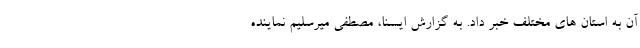
آن به استان های مختلف خبر داد. به گزارش ایسنا،‌ مصطفی میرسلیم نماینده